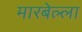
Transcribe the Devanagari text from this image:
मारबेल्ला